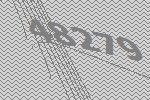
48279